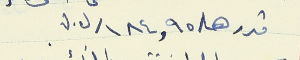
قدرها /١٨٤,٩٥/ل.ل